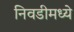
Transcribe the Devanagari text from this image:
निवडीमध्ये